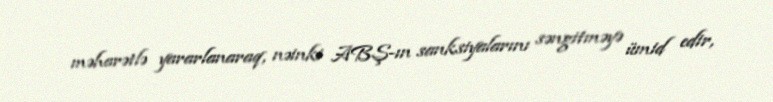
məharətlə yararlanaraq, nəinki ABŞ-ın sanksiyalarını səngitməyə ümid edir,